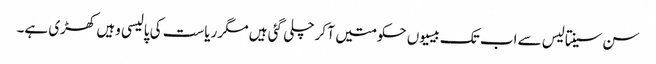
سن سینتالیس سے اب تک بیسیوں حکومتیں آ کر چلی گئی ہیں مگر ریاست کی پالیسی وہیں کھڑی ہے۔